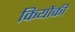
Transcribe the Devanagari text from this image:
कियोंकी